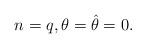
LaTeX: \begin{align*}n=q, \theta=\hat\theta=0.\end{align*}